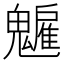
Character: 𩴡